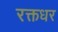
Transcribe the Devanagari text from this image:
रक्तधर